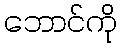
ဘောင်ကို